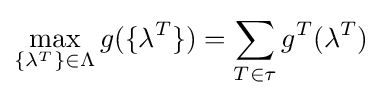
\max _{\{\lambda ^{T}\}\in \Lambda }g(\{\lambda ^{T}\})=\sum _{T\in \tau }g^{T}(\lambda ^{T})